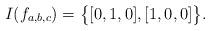
LaTeX: \begin{align*} I(f_{a,b,c}) = \bigl\{ [0,1,0], [1,0,0] \bigr\}.\end{align*}